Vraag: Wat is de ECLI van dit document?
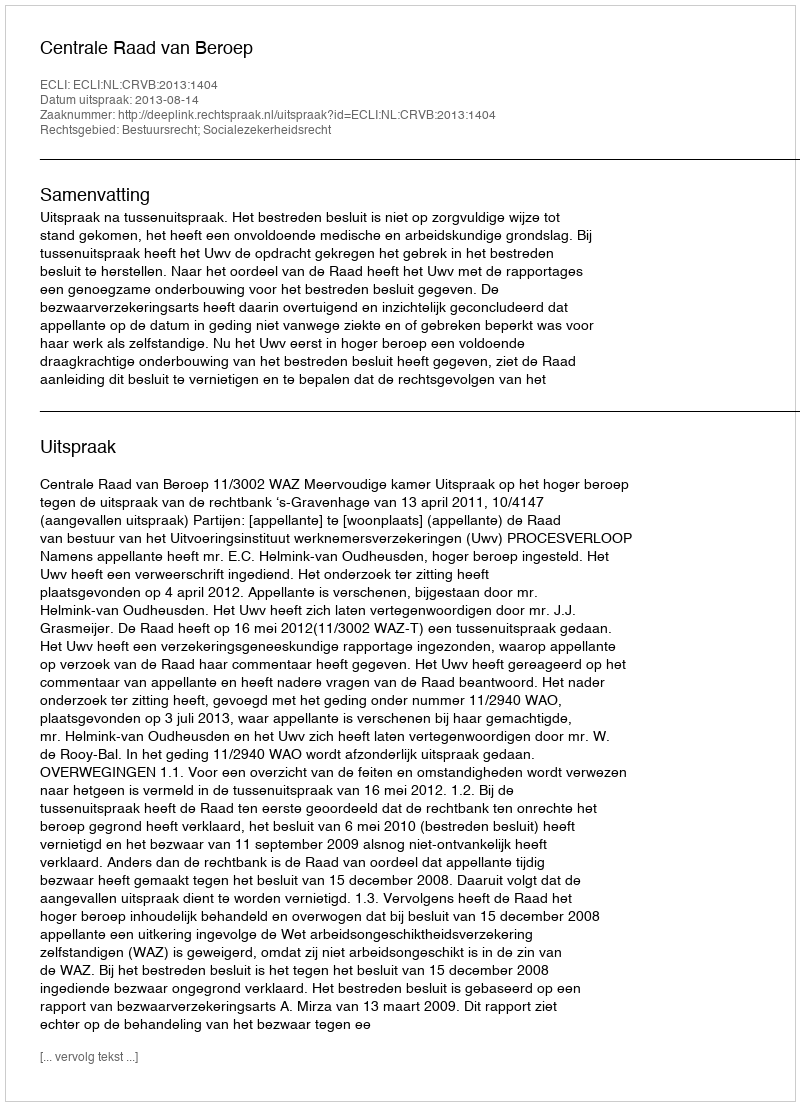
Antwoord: ECLI:NL:CRVB:2013:1404